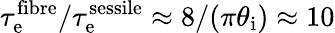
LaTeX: \tau_{\mathrm{e}}^{\mathrm{fibre}}/\tau_{\mathrm{e}}^{\mathrm{sessile}}\approx 8/(\pi\theta_{\mathrm{i}})\approx 10